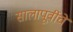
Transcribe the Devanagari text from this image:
सालापूर्वीचे